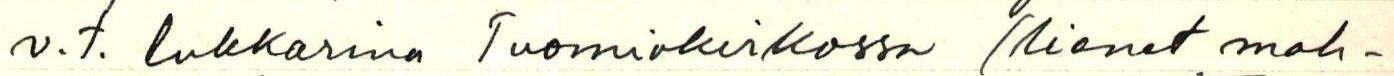
v.t. lukkarina Tuomiokirkossa (lienet mah-